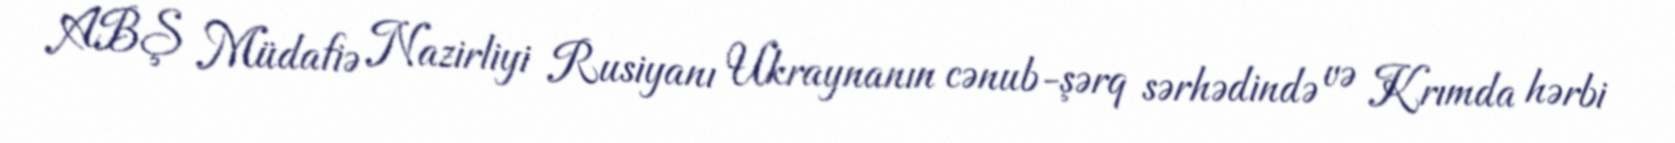
ABŞ Müdafiə Nazirliyi Rusiyanı Ukraynanın cənub-şərq sərhədində və Krımda hərbi